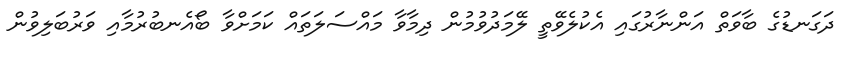
ދަގަނޑުގެ ބާވަތް އަންނާރުގައި އެކުލެވޭތީ ލޭމަދުވުމުން ދިމާވާ މައްސަލަތައް ކަމަށްވާ ބޯއެނބުރުމާއި ވަރުބަލިވުން